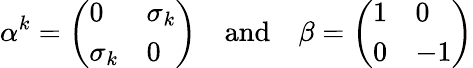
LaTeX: \alpha^{k}=\left(\begin{array}{ll}{{0}}&{{\sigma_{k}}}\\ {{\sigma_{k}}}&{{0}}\end{array}\right)\mathrm{~~~~and~~~~}\beta=\left(\begin{array}{ll}{{1}}&{{0}}\\ {{0}}&{{-1}}\end{array}\right)